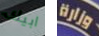
ابيك وزارة